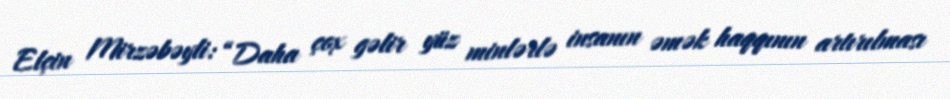
Elçin Mirzəbəyli: “Daha çox gəlir yüz minlərlə insanın əmək haqqının artırılması